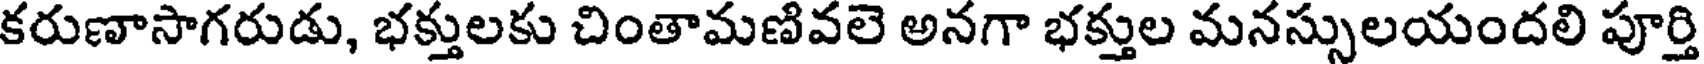
కరుణాసాగరుడు, భక్తులకు చింతామణివలె అనగా భక్తుల మనస్సులయందలి పూర్తి